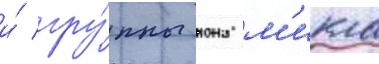
и́ гру́ппы иона м'икла